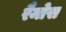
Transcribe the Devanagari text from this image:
रैमोस